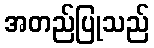
အတည်ပြုသည်